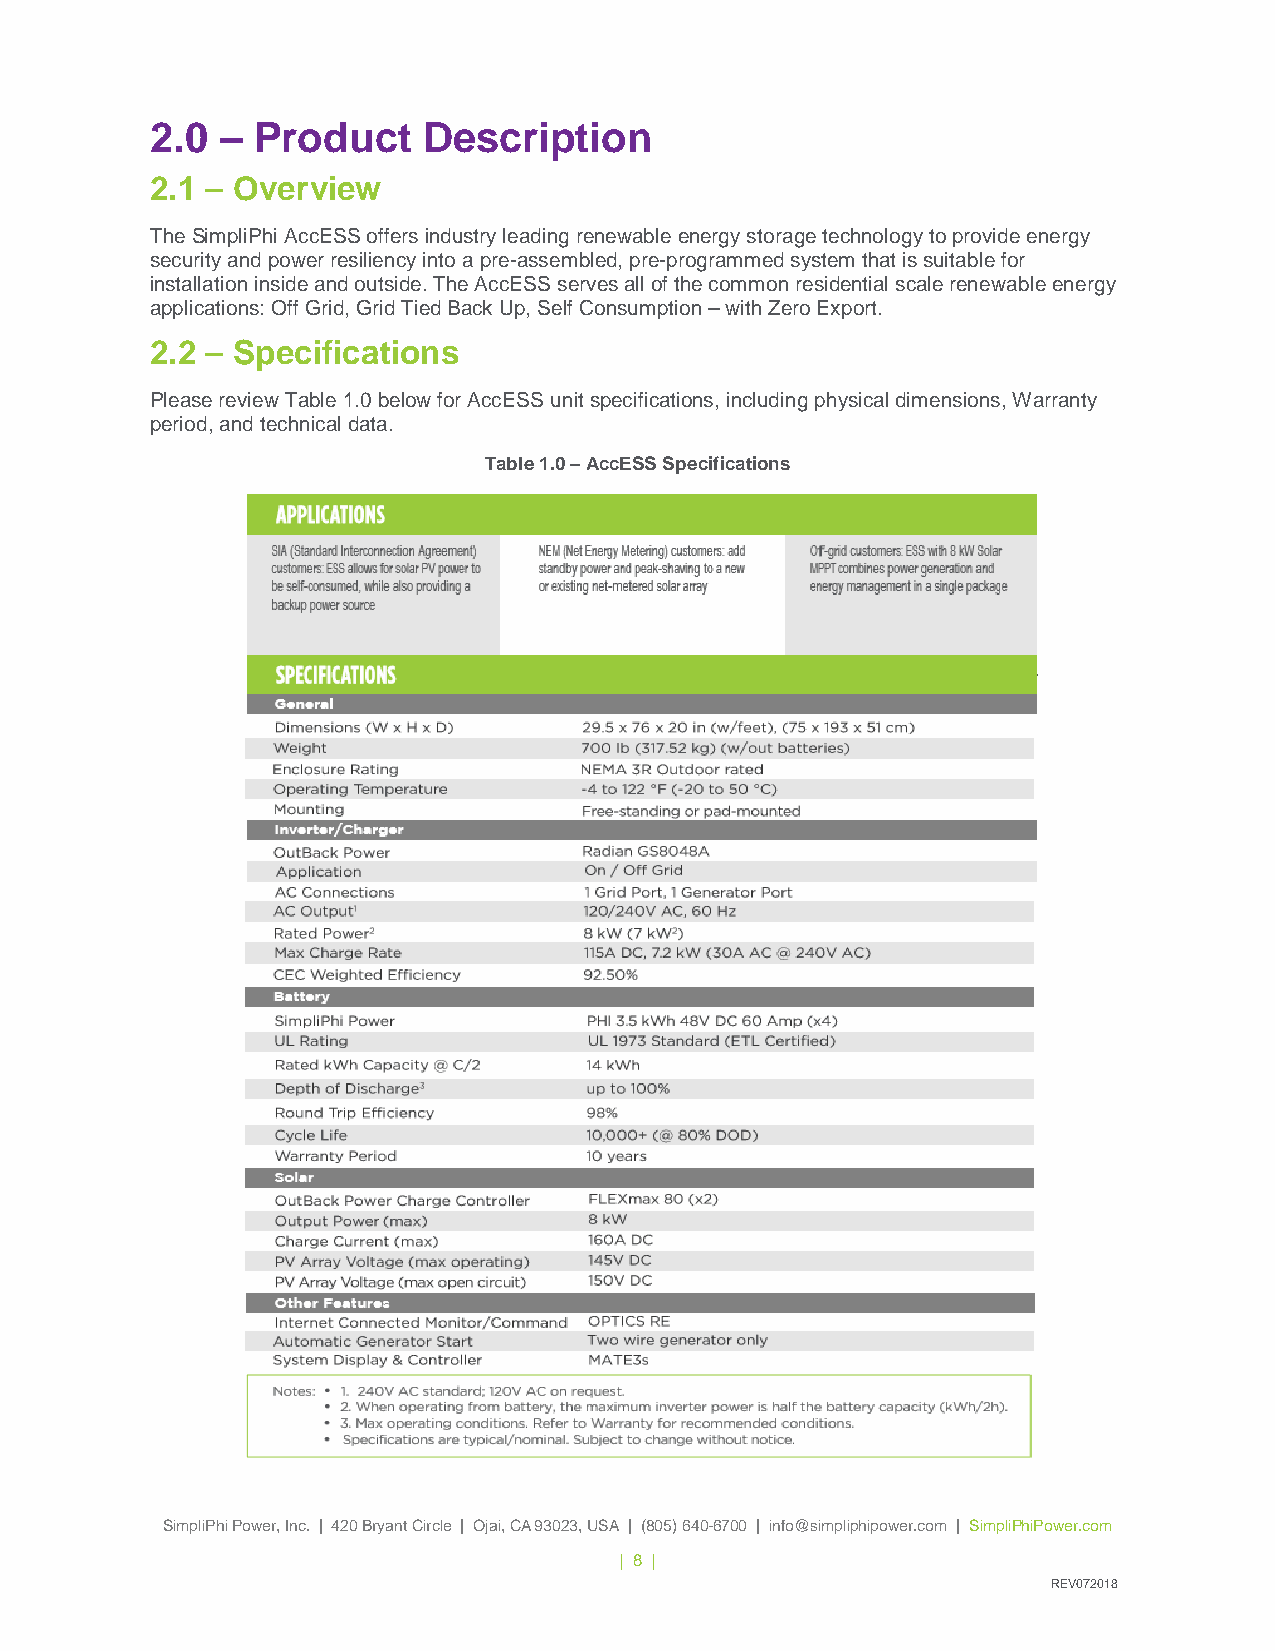
2.0  – Product    Description
 2.1 – Overview
 The SimpliPhi AccESS offers industry leading renewable energy storage technology to provide energy
 security and power resiliency into a pre-assembled, pre-programmed system that is suitable for
 installation inside and outside. The AccESS serves all of the common residential scale renewable energy
 applications: Off Grid, Grid Tied Back Up, Self Consumption – with Zero Export.
 2.2 – Specifications
 Please review Table 1.0 below for AccESS unit specifications, including physical dimensions, Warranty
 period, and technical data.
 Table 1.0 – AccESS Specifications
 SimpliPhi Power, Inc. | 420 Bryant Circle | Ojai, CA 93023, USA | (805) 640-6700 | info@simpliphipower.com | SimpliPhiPower.com
 | 8 |
 REV072018